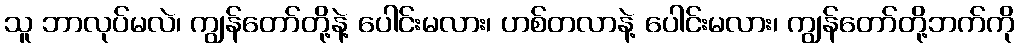
သူ ဘာလုပ်မလဲ၊ ကျွန်တော်တို့နဲ့ ပေါင်းမလား၊ ဟစ်တလာနဲ့ ပေါင်းမလား၊ ကျွန်တော်တို့ဘက်ကို